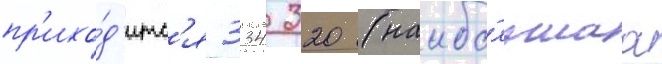
пр'ихо́д'итс'я 334 320 (наибо́льшаа